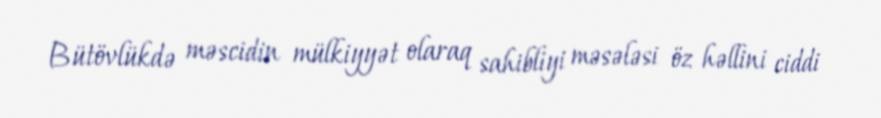
Bütövlükdə məscidin mülkiyyət olaraq sahibliyi məsələsi öz həllini ciddi